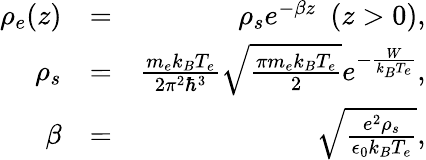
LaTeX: \begin{array}{rlr}{\rho_{e}(z)}&{=}&{\rho_{s}e^{-\beta z}\ \ (z>0),}\\ {\rho_{s}}&{=}&{\frac{m_{e}k_{B}T_{e}}{2\pi^{2}\hbar^{3}}\sqrt{\frac{\pi m_{e}k_{B}T_{e}}{2}}e^{-\frac{W}{k_{B}T_{e}}},}\\ {\beta}&{=}&{\sqrt{\frac{e^{2}\rho_{s}}{\epsilon_{0}k_{B}T_{e}}},}\end{array}